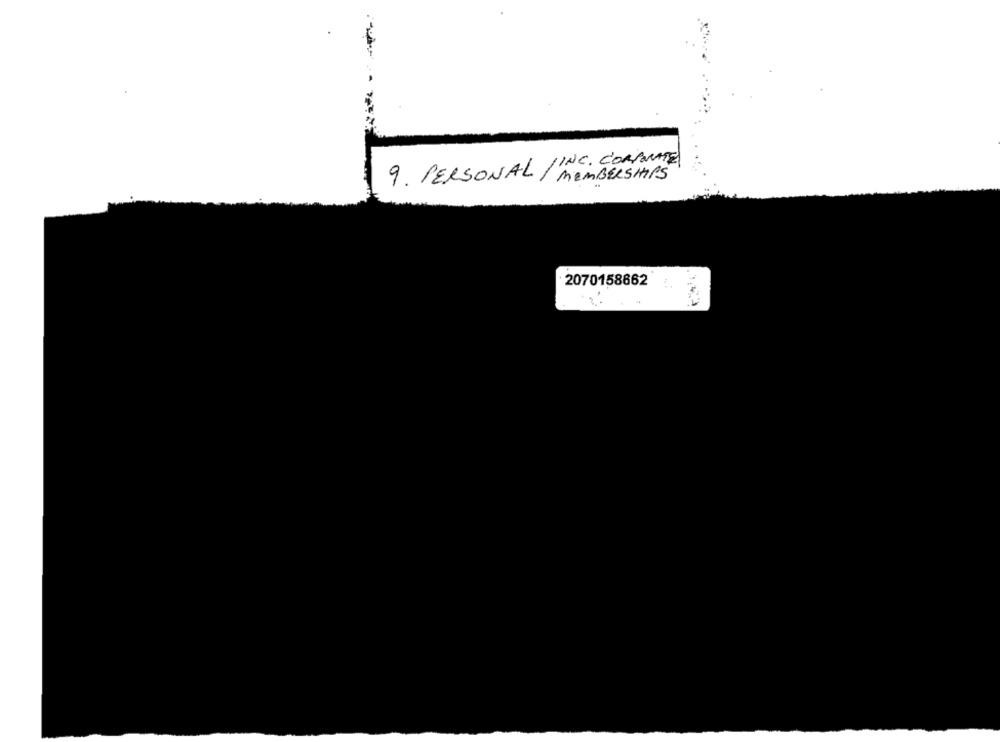
JINC. CORPORATE
9. PERSONAL / MEMBERSHIPS
2070158662